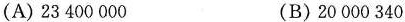
(A)23400000 (B)20000340